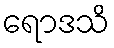
ရောဒသိ